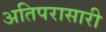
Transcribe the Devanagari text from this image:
अतिपरासारी